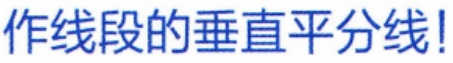
作线段的垂直平分线!